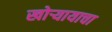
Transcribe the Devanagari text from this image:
खोऱ्यायाचा